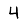
Digit: 4